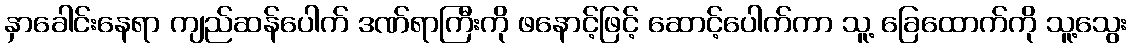
နှာခေါင်းနေရာ ကျည်ဆန်ပေါက် ဒဏ်ရာကြီးကို ဖနောင့်ဖြင့် ဆောင့်ပေါက်ကာ သူ့ ခြေထောက်ကို သူ့သွေး